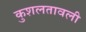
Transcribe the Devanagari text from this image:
कुशलतावली